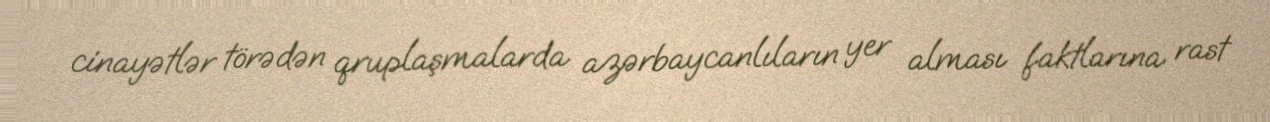
cinayətlər törədən qruplaşmalarda azərbaycanlıların yer alması faktlarına rast